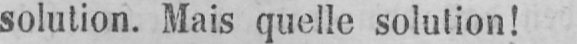
solution. Mais quelle solution!